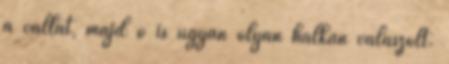
a vállát, majd ő is ugyan olyan halkan válaszolt.